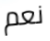
نعم